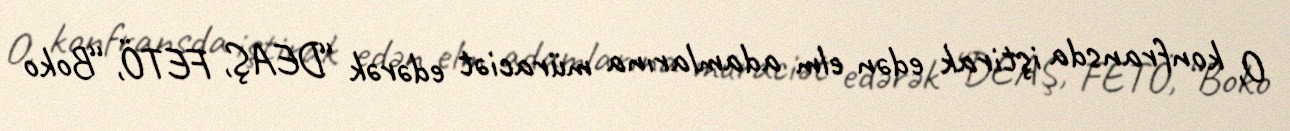
O, konfransda iştirak edən elm adamlarına müraciət edərək “DEAŞ, FETÖ, “Boko